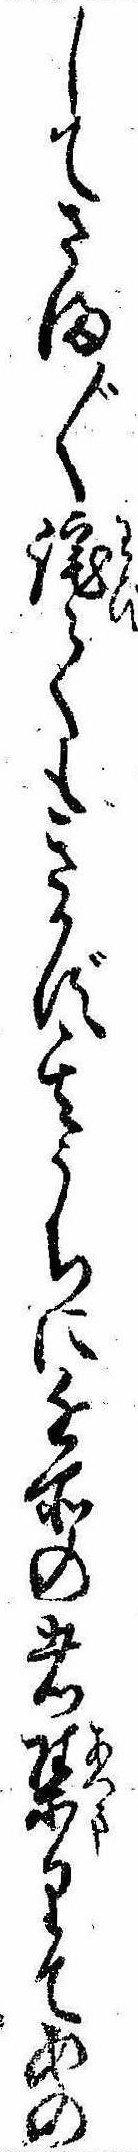
してさま〲詫てもきかず其うちに近所の者集りてあの